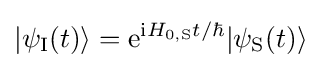
|\psi _{\text{I}}(t)\rangle ={\text{e}}^{\mathrm {i} H_{0,{\text{S}}}t/\hbar }|\psi _{\text{S}}(t)\rangle